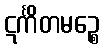
ဋင်္ကိတမဉ္စေ